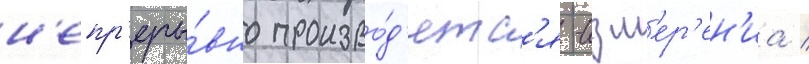
н'епр'еры́вно произво́д'ятс'я -изм'ер'ен'иа /